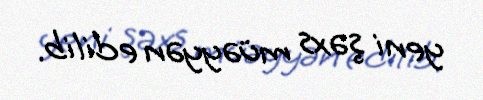
yeni şəxs müəyyən edilib.